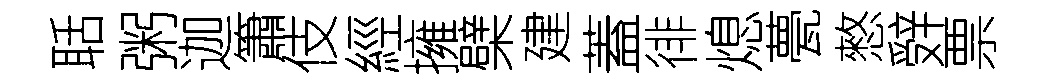
聒粥迦簫伎經擁檗建蓋徘熄甍憗辤票